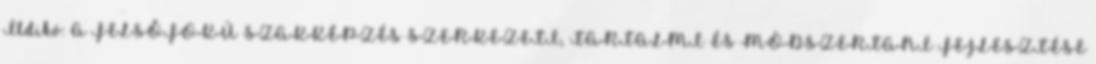
Ildikó: A FELSŐFOKÚ SZAKKÉPZÉS SZERKEZETI, TARTALMI ÉS MÓDSZERTANI FEJLESZTÉSE